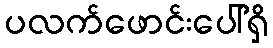
ပလက်ဖောင်းပေါ်ရှိ